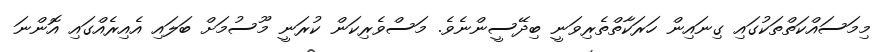
މިމަސައްކަތްތަކުގައި ގިނައިން ހަރަކާތްތެރިވަނީ ބިދޭސީންނެވެ. މަސްވެރިކަން ކުރަނީ މޫސުމަށް ބަލައި އެއިރެއްގައި އޮންނަ